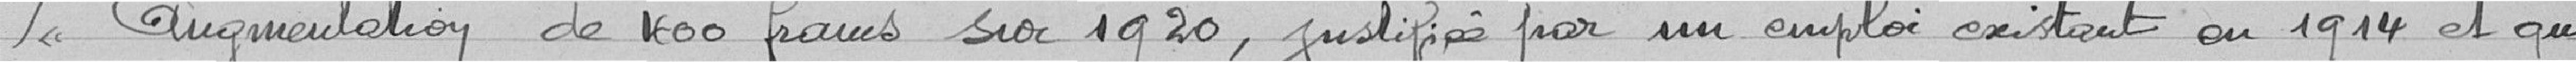
L'augmentation de 1 600 francs sur 1920, justifiées par un emploi existant en 1914 et qui